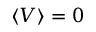
\langle V \rangle = 0